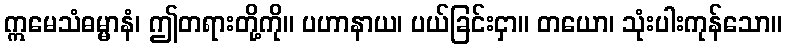
ဣမေသံဓမ္မာနံ၊ ဤတရားတို့ကို။ ပဟာနာယ၊ ပယ်ခြင်းငှာ။ တယော၊ သုံးပါးကုန်သော။